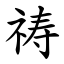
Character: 祷